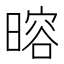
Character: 𬁎